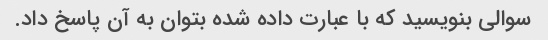
سوالی بنویسید که با عبارت داده شده بتوان به آن پاسخ داد.